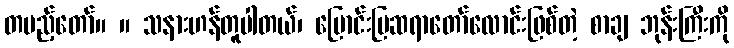
တပည့်တော်။ ။ သနားဟန်တူပါတယ်၊ မြောင်းမြဆရာတော်လောင်းဖြစ်တဲ့ စာချ ဘုန်းကြီးကို